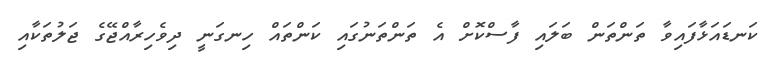
ކަނޑައަޅާފައިވާ ތަންތަން ބަލައި ފާސްކޮށް އެ ތަންތަނުގައި ކަންތައް ހިނގަނީ ދިވެހިރާއްޖޭގެ ޖަލުތަކާއި